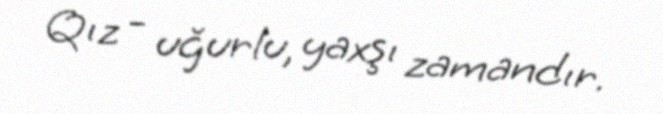
Qız - uğurlu, yaxşı zamandır.